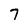
Character: 7